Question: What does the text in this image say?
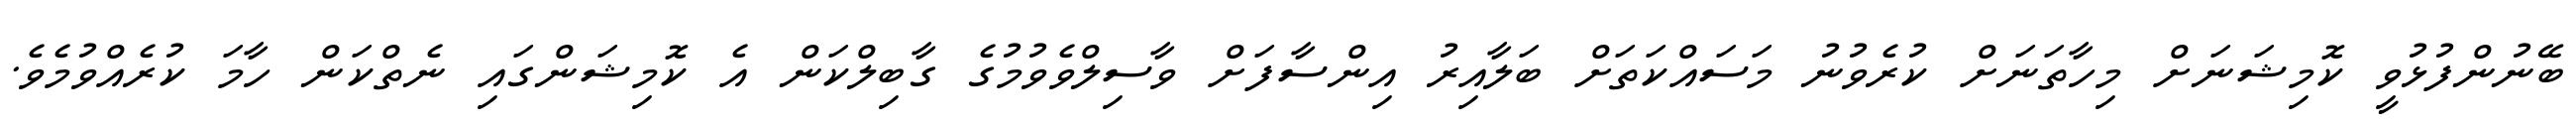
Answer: ބޭނުންފުޅުވީ ކޮމިޝަނަށް މިހާތަނަށް ކުރެވުނު މަސައްކަތަށް ބަލާއިރު އިންސާފަށް ވާސިލްވެވުމުގެ ގާބިލްކަން އެ ކޮމިޝަންގައި ނެތްކަން ހާމަ ކުރެއްވުމެވެ.